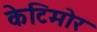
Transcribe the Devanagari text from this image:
केटिमोर